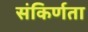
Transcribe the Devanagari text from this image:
संकिर्णता